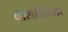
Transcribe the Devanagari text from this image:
बालखिल्या